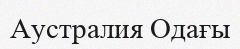
Аустралия Одағы